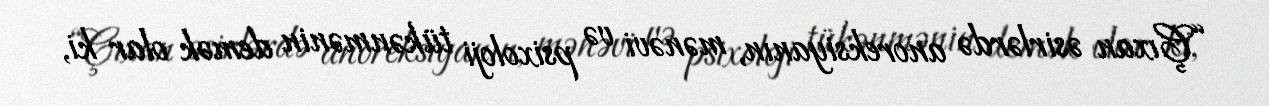
“Çıxan əsirlərdə anoreksiyanın, mənəvi və psixoloji tükənmənin demək olar ki,